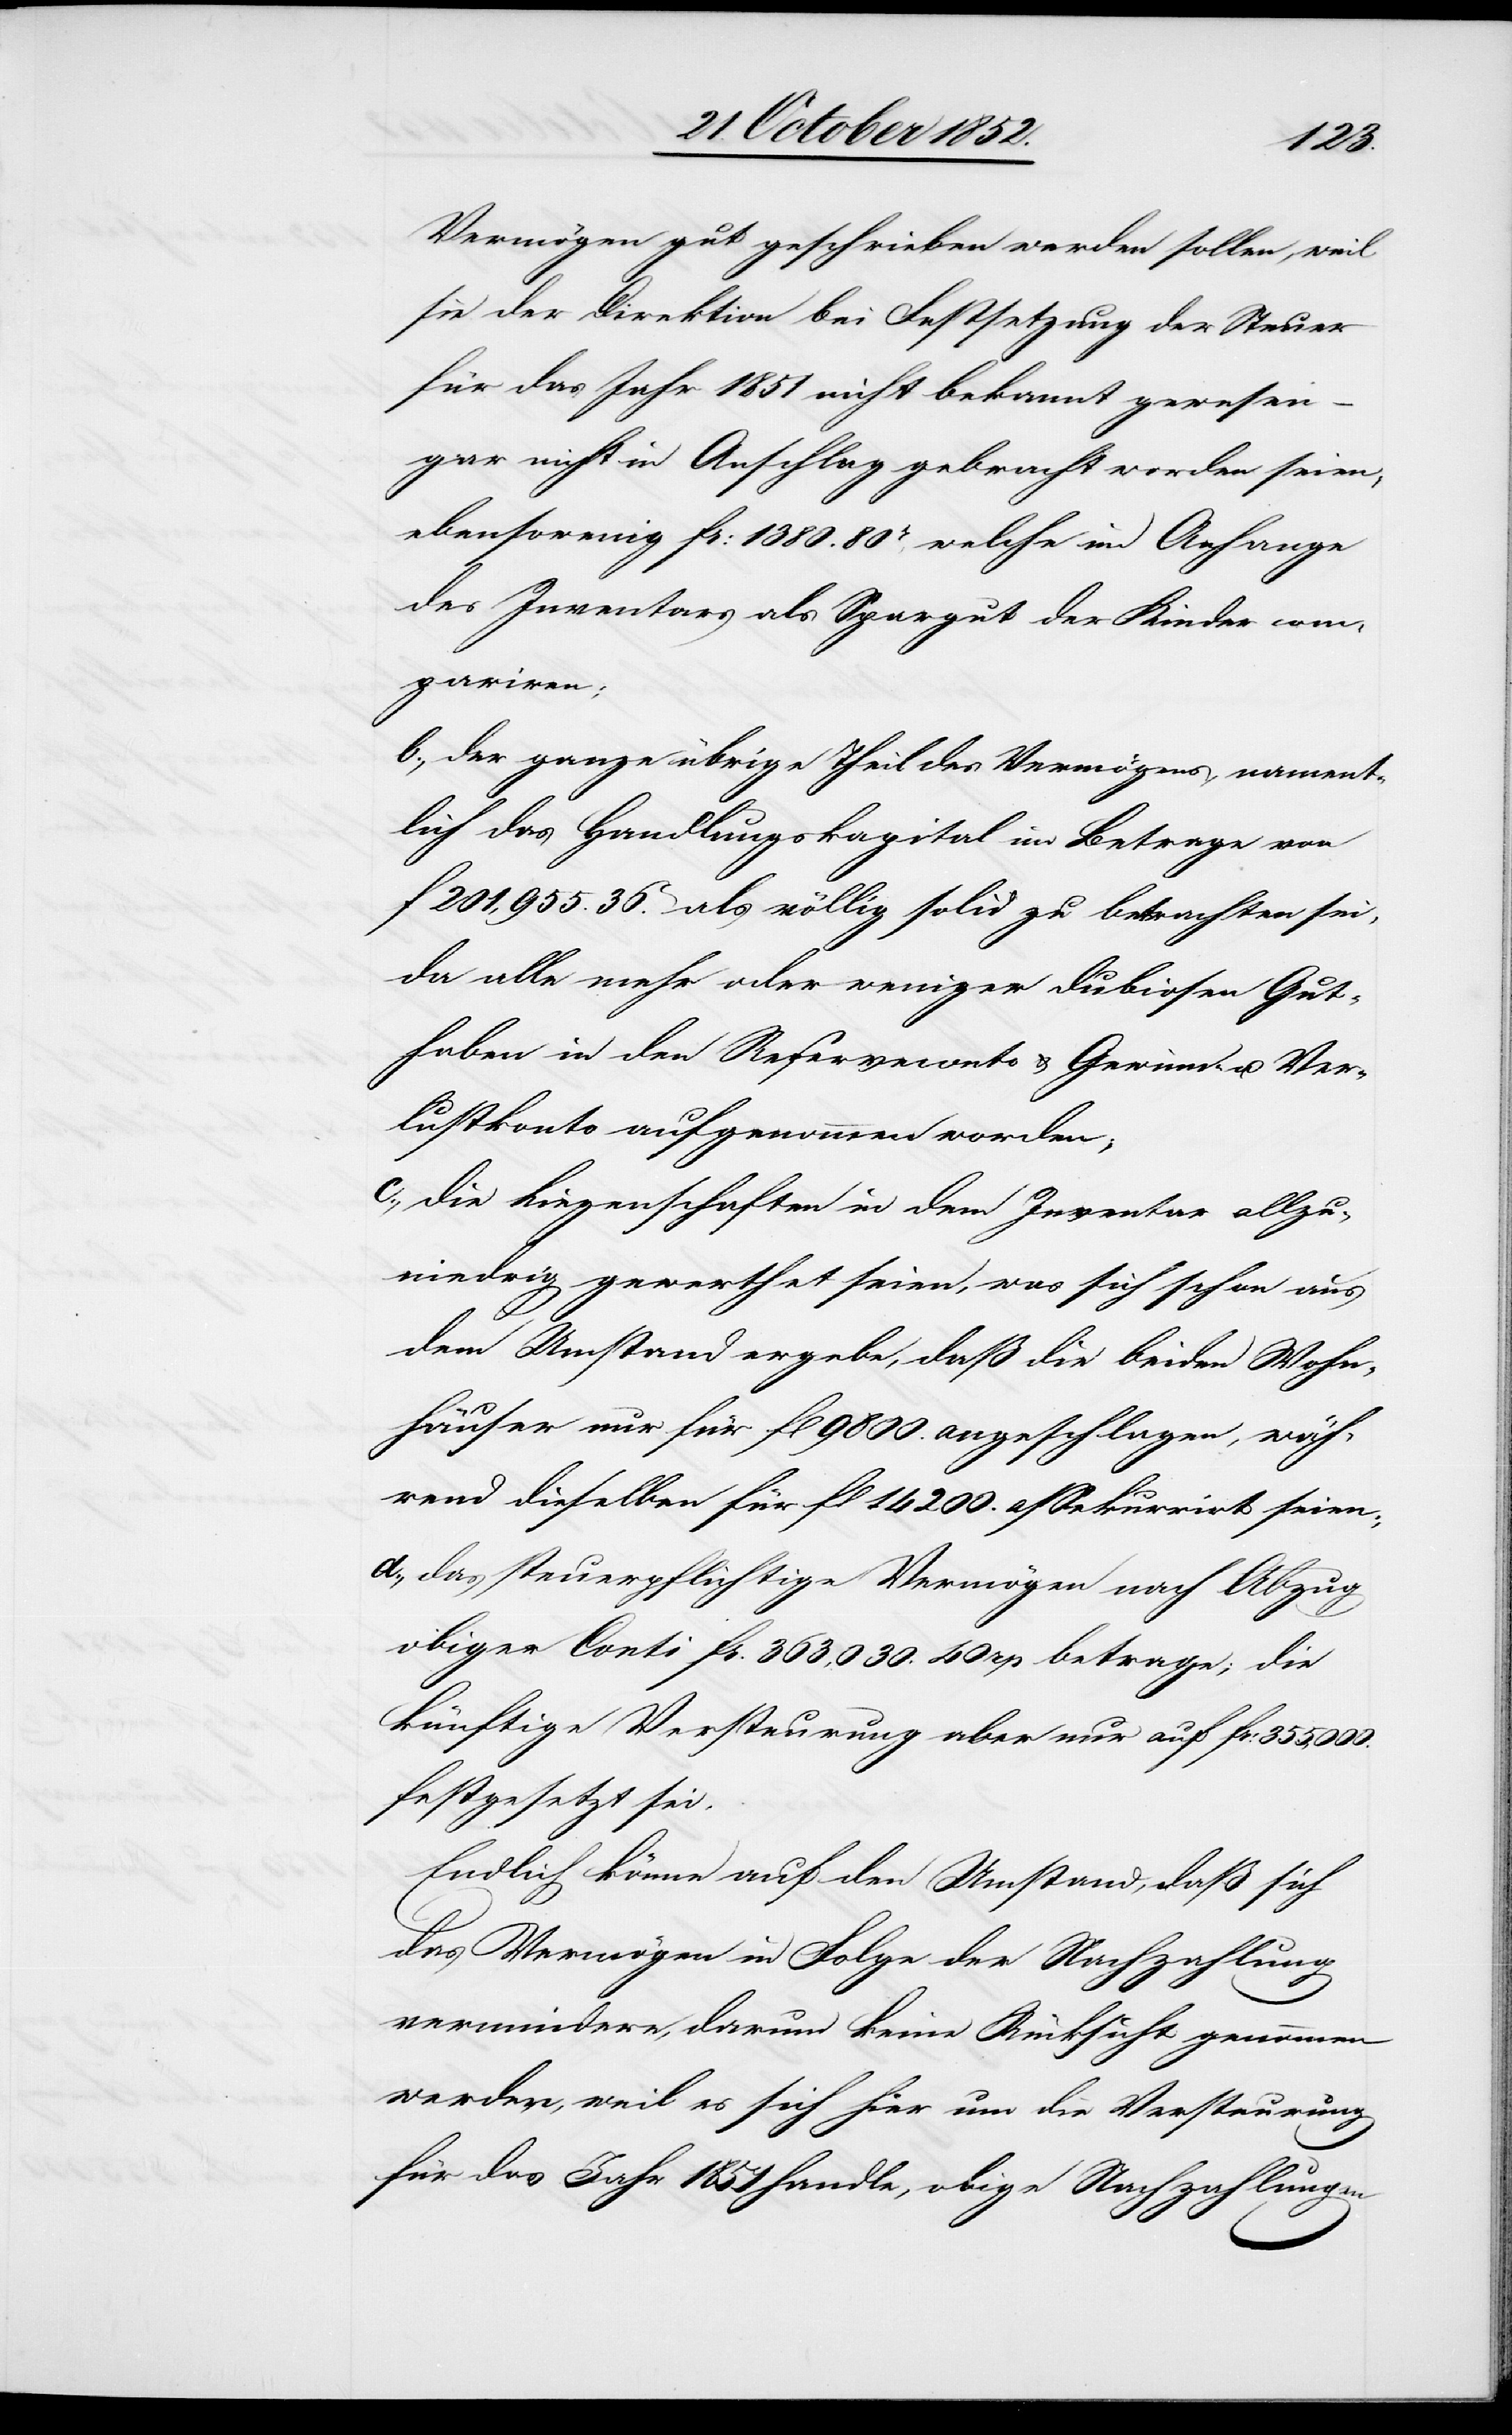
Vermögen gut geschrieben werden sollen, weil
sie der Direktion bei Festsetzung der Steuer
für das Jahr 1851 nicht bekannt gewesen
gar nicht in Anschlag gebracht worden seien;
ebensowenig Fr: 1380. 80rp, welche im Anfange
des Inventars als Spargut der Kinder com¬
pariren;
der ganze übrige Theil des Vermögens, nament¬
lich das Handlungskapital im Betrage von
f 201,955. 36C. als völlig solid zu betrachten sei,
da alle mehr oder weniger dubiosen Gut¬
haben in den Reserveconto & Gewinn u. Ver¬
lustkonto aufgenommen worden;
die Liegenschaften in dem Inventar allzu¬
niedrig gewerthet seien, was sich schon aus
dem Umstand ergebe, daß die beiden Wohn¬
häuser nur für fl 9800. angeschlagen, wäh¬
rend dieselben für fl 14 200. assekurrirt seien;
das steuerpflichtige Vermögen nach Abzug
obiger Conti Fr. 363,030. 40 rp betrage; die
künftige Versteurung aber nur auf Fr: 355,000.
festgesetzt sei.
Endlich könne auf den Umstand, daß sich
das Vermögen in Folge der Nachzahlung
vermindere, darum keine Rücksicht genommen
werden, weil es sich hier um die Versteurung
für das Jahr 1851 handle, obige Nachzahlungen